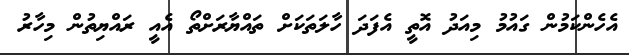
އެހެންކަމުން ގައުމު މިއަދު އޮތީ އެފަދަ ހާލަތަކަށް ތައްޔާރަށްތޯ އެއީ ރައްޔިތުން މިހާރު